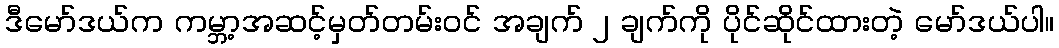
ဒီမော်ဒယ်က ကမ္ဘာ့အဆင့်မှတ်တမ်းဝင် အချက် ၂ ချက်ကို ပိုင်ဆိုင်ထားတဲ့ မော်ဒယ်ပါ။